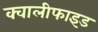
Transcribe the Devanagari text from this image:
क्वालीफाइड